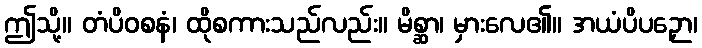
ဤသို့။ တံပိဝစနံ၊ ထိုစကားသည်လည်း။ မိစ္ဆာ၊ မှားလေ၏။ အယံပိပဉှော၊